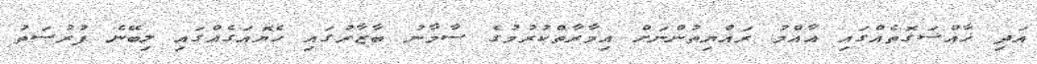
އަދި ޚާއްސަގޮތެއްގައި އާއްމު ރައްޔިތުންނަށް އިމާރާތްކުރުމުގެ ސާމާނު ބާޒާރުގައި ހެޔޮއަގެއްގައި ލިބޭނެ ފުރުސަތު